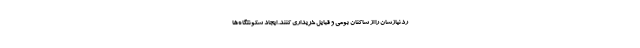
ردنیازشان را از ساکنان بومی و قبایل خریداری کنند. ایجاد سکونتگاه‌ها